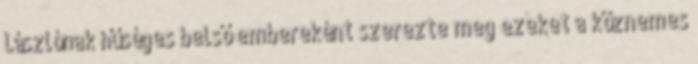
Lászlónak hűséges belső embereként szerezte meg ezeket a köznemes